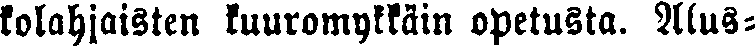
kolahjaisten kuuromykkäin opetusta. Alus-